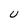
Character: u